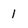
Character: I